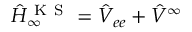
\hat { H } _ { \infty } ^ { \mathrm { ~ K ~ S ~ } } = \hat { V } _ { e e } + \hat { V } ^ { \infty }